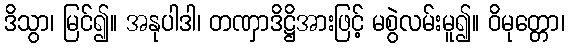
ဒိသွာ၊ မြင်၍။ အနုပါဒါ၊ တဏှာဒိဋ္ဌိအားဖြင့် မစွဲလမ်းမူ၍။ ဝိမုတ္တော၊